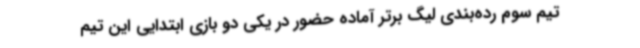
تیم سوم رده‌بندی لیگ برتر آماده حضور در یکی دو بازی ابتدایی این تیم